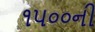
૧૫૦૦ની